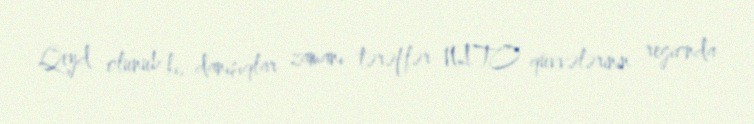
Qeyd olunub ki, danışıqlar zamanı tərəflər NATO qüvvələrinin regionda